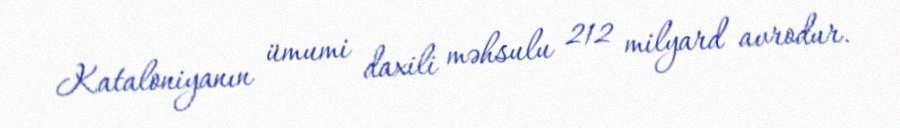
Kataloniyanın ümumi daxili məhsulu 212 milyard avrodur.